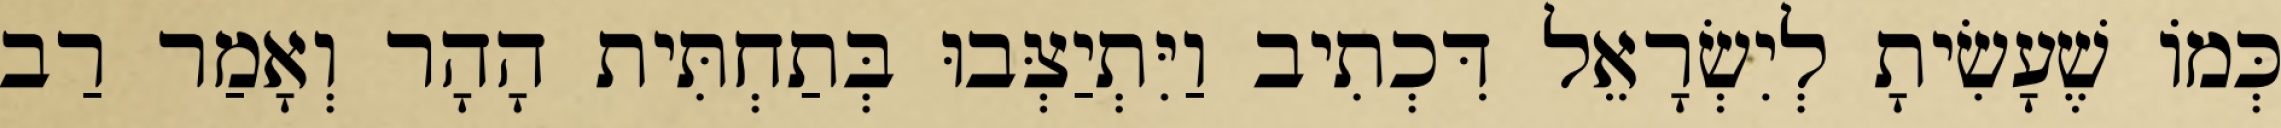
כְּמוֹ שֶׁעָשִׂיתָ לְיִשְׂרָאֵל דִּכְתִיב וַיִּתְיַצְּבוּ בְּתַחְתִּית הָהָר וְאָמַר רַב